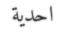
احدية